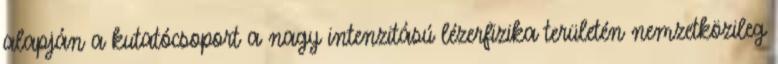
alapján a kutatócsoport a nagy intenzitású lézerfizika területén nemzetközileg